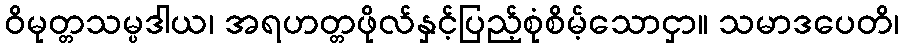
ဝိမုတ္တသမ္ပဒါယ၊ အရဟတ္တဖိုလ်နှင့်ပြည့်စုံစိမ့်သောငှာ။ သမာဒပေတိ၊